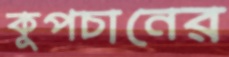
কুপচানের